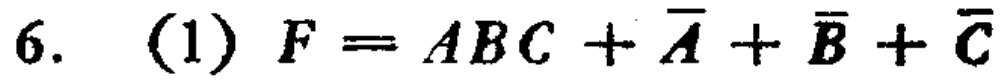
6. (1) \(F = ABC+\overline{A}+\overline{B}+\overline{C}\)